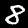
Label: 8